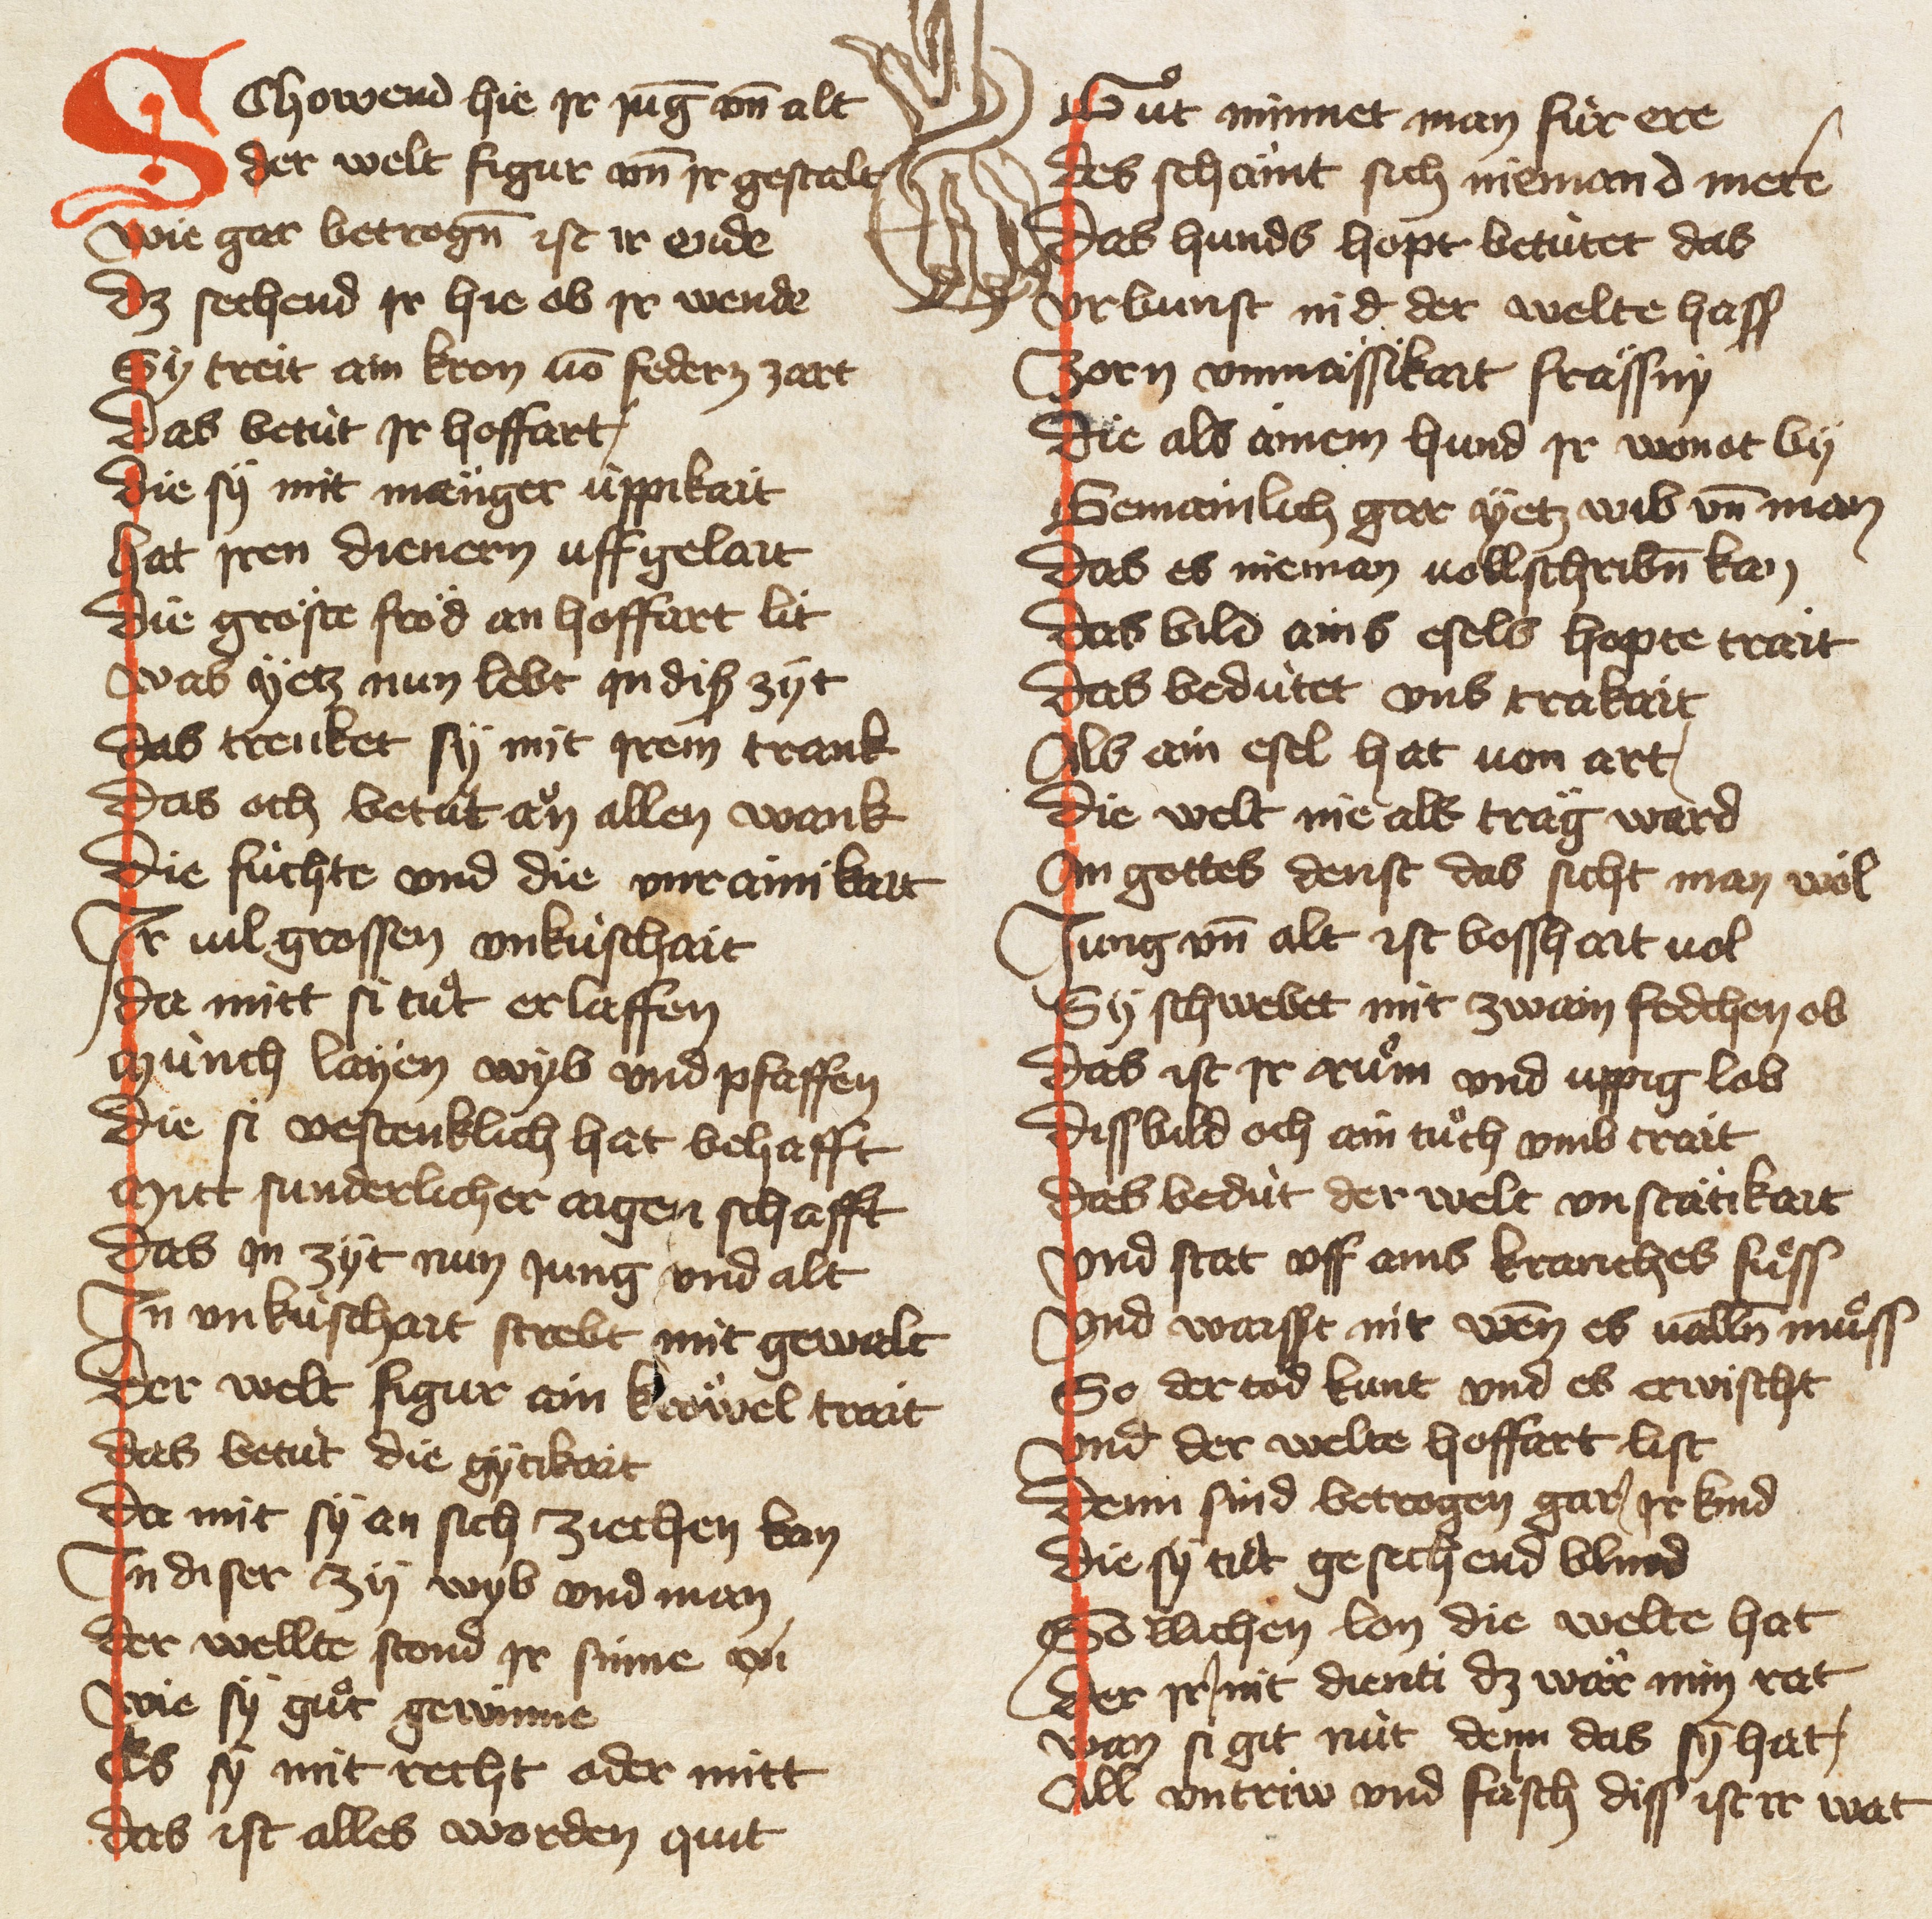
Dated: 1385–1415